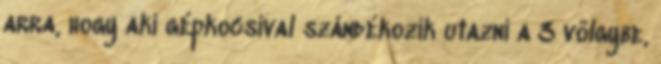
arra, hogy aki gépkocsival szándékozik utazni a 3 völgybe,